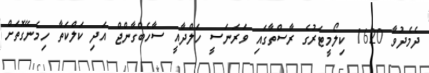
ދެމެދުވާ 1620 ކިލޯމީޓަރުގެ ރާސްތާގައި ވަރަނަސީ ހަލްދާއީ ސާހެބްގާންޖް އަދި ކަލްކަތާ ހިމެނޭގޮތަށް